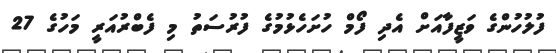
ފުލުހުންގެ ވަޒީފާއަށް އެދި ފޯމް ހުށަހެޅުމުގެ ފުރުސަތު މި ފެބްރުއަރީ މަހުގެ 27